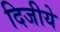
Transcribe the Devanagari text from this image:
दिजीये